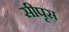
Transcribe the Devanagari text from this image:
सीपृस